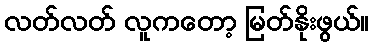
လတ်လတ် လူကတော့ မြတ်နိုးဖွယ်။